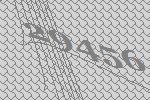
29456